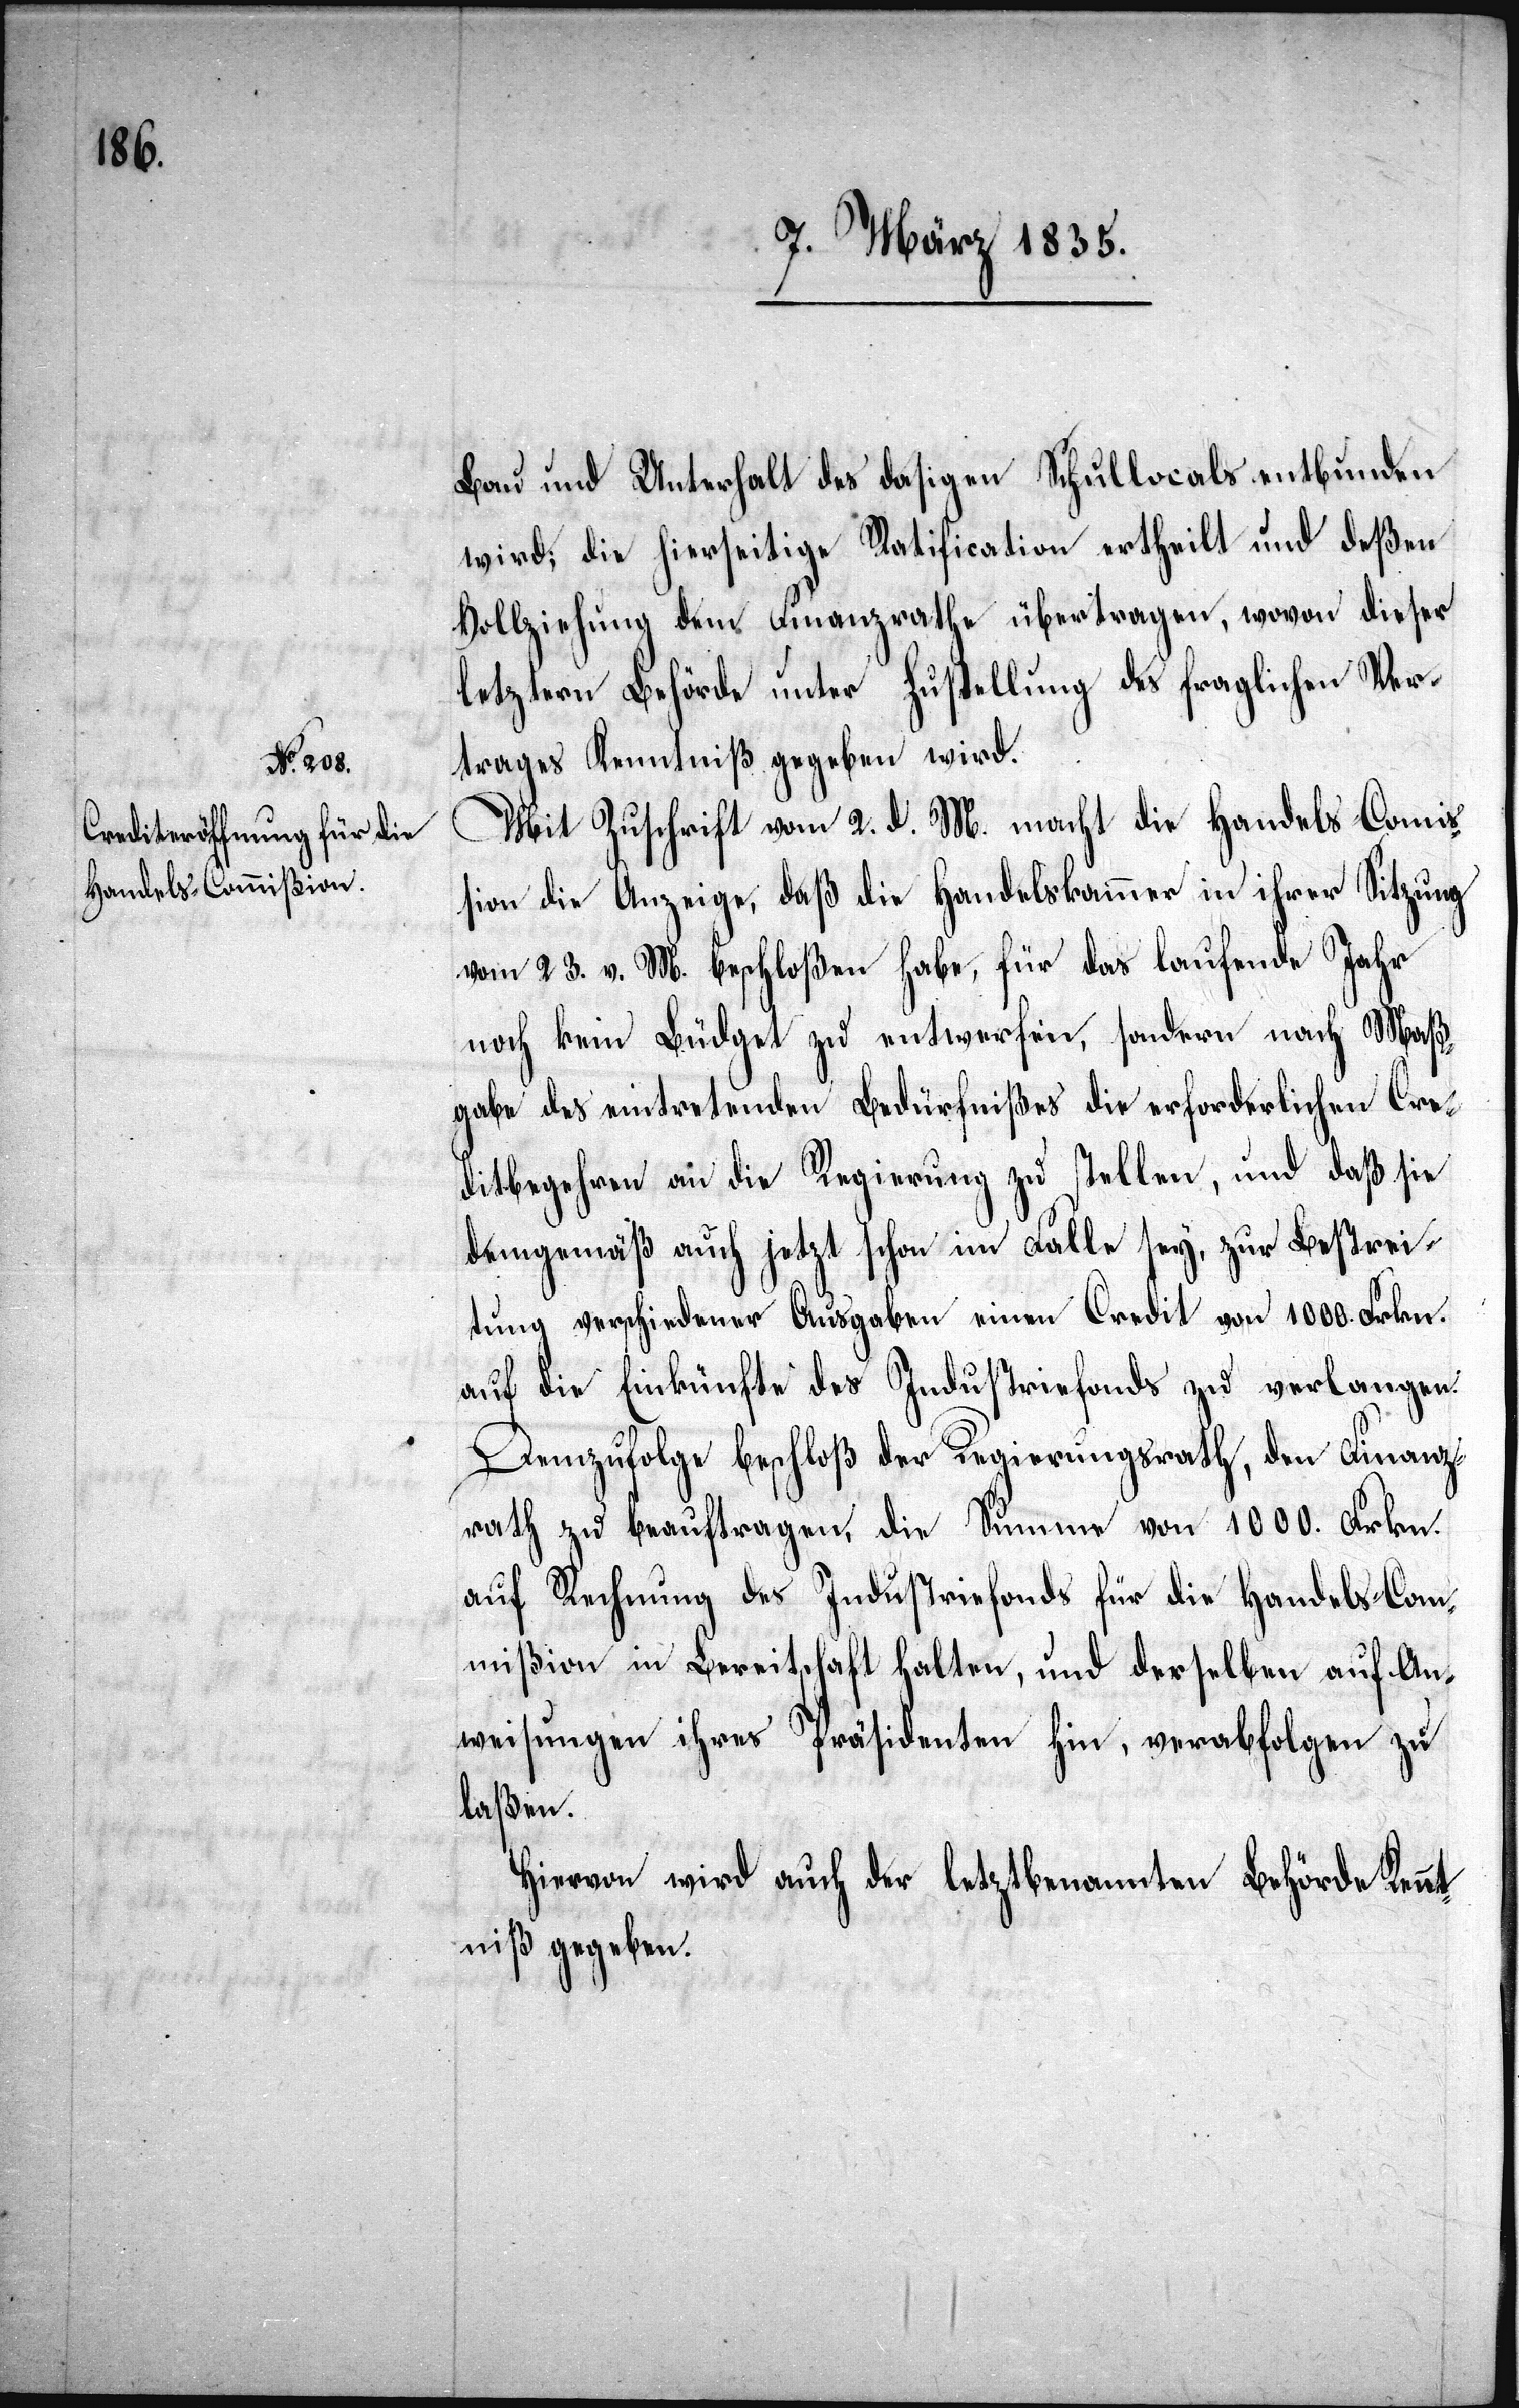
Bau und Unterhalt des dasigen Schullocals entbunden
wird; die hierseitige Ratification ertheilt und deßen
Vollziehung dem Finanzrathe übertragen, wovon dieser
letztern Behörde unter Zustellung des fraglichen Ver¬
trages Kenntniß gegeben wird.
Mit Zuschrift vom 2. d. M. macht die Handels-Comiß¬
ion die Anzeige, daß die Handelskammer in ihrer Sitzung
vom 23. v. M. beschloßen habe, für das laufende Jahr
noch kein Budget zu entwerfen, sondern nach Maß¬
gabe des eintretenden Bedürfnißes die erforderlichen Cre¬
ditbegehren an die Regierung zu stellen, und daß sie
demgemäß auch jetzt schon im Falle sey, zur Bestrei¬
tung verschiedener Ausgaben einen Credit von 1000. Frkn.
auf die Einkünfte des Industriefonds zu verlangen.
Demzufolge beschloß der Regierungsrath, den Finanz¬
rath zu beauftragen, die Summe von 1000. Frkn.
auf
Rechnung des Industriefonds für die Handels-Com¬
mißion in Bereitschaft halten, und derselben auf An¬
weisungen ihres Präsidenten hin, verabfolgen zu
laßen.
Hiervon wird auch der letztbenannten Behörde Kennt¬
niß gegeben.